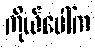
ကိုယ်ပေါ်က